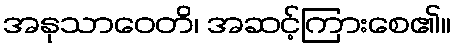
အနုသာဝေတိ၊ အဆင့်ကြားစေ၏။